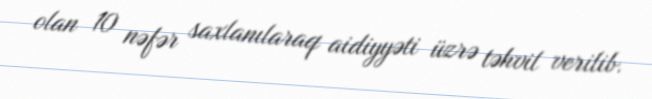
olan 10 nəfər saxlanılaraq aidiyyəti üzrə təhvil verilib.